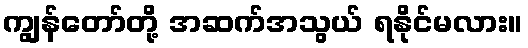
ကျွန်တော်တို့ အဆက်အသွယ် ရနိုင်မလား။